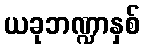
ယခုဘဏ္ဍာနှစ်